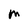
Character: M